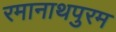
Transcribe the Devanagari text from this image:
रमानाथपुरम